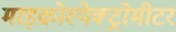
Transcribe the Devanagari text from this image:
माइक्रोस्पेक्ट्रोमीटर